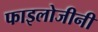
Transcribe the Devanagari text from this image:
फाइलोजीनी